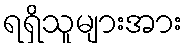
ရရှိသူများအား